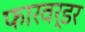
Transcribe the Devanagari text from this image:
फारवर्डर